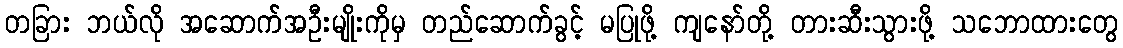
တခြား ဘယ်လို အဆောက်အဦးမျိုးကိုမှ တည်ဆောက်ခွင့် မပြုဖို့ ကျနော်တို့ တားဆီးသွားဖို့ သဘောထားတွေ